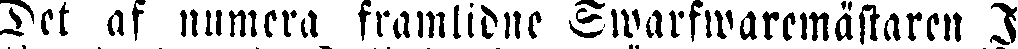
Det af numera framlidne Swarfwaremästaren I